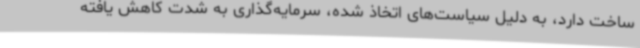
ساخت دارد، به دلیل سیاست‌های اتخاذ شده، سرمایه‌گذاری به شدت کاهش یافته